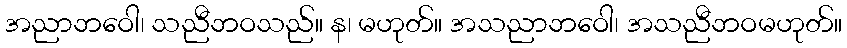
အညာဘဝေါ၊ သညီဘဝသည်။ န၊ မဟုတ်။ အသညာဘဝေါ၊ အသညီဘဝမဟုတ်။